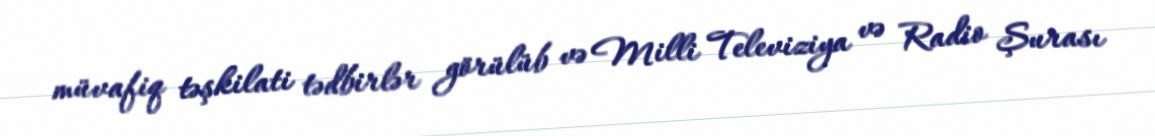
müvafiq təşkilati tədbirlər görülüb və Milli Televiziya və Radio Şurası